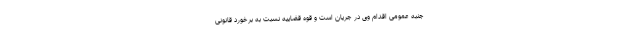
جنبه عمومی اقدام وی در جریان است و قوه قضاییه نسبت به برخورد قانونی